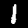
Label: 1